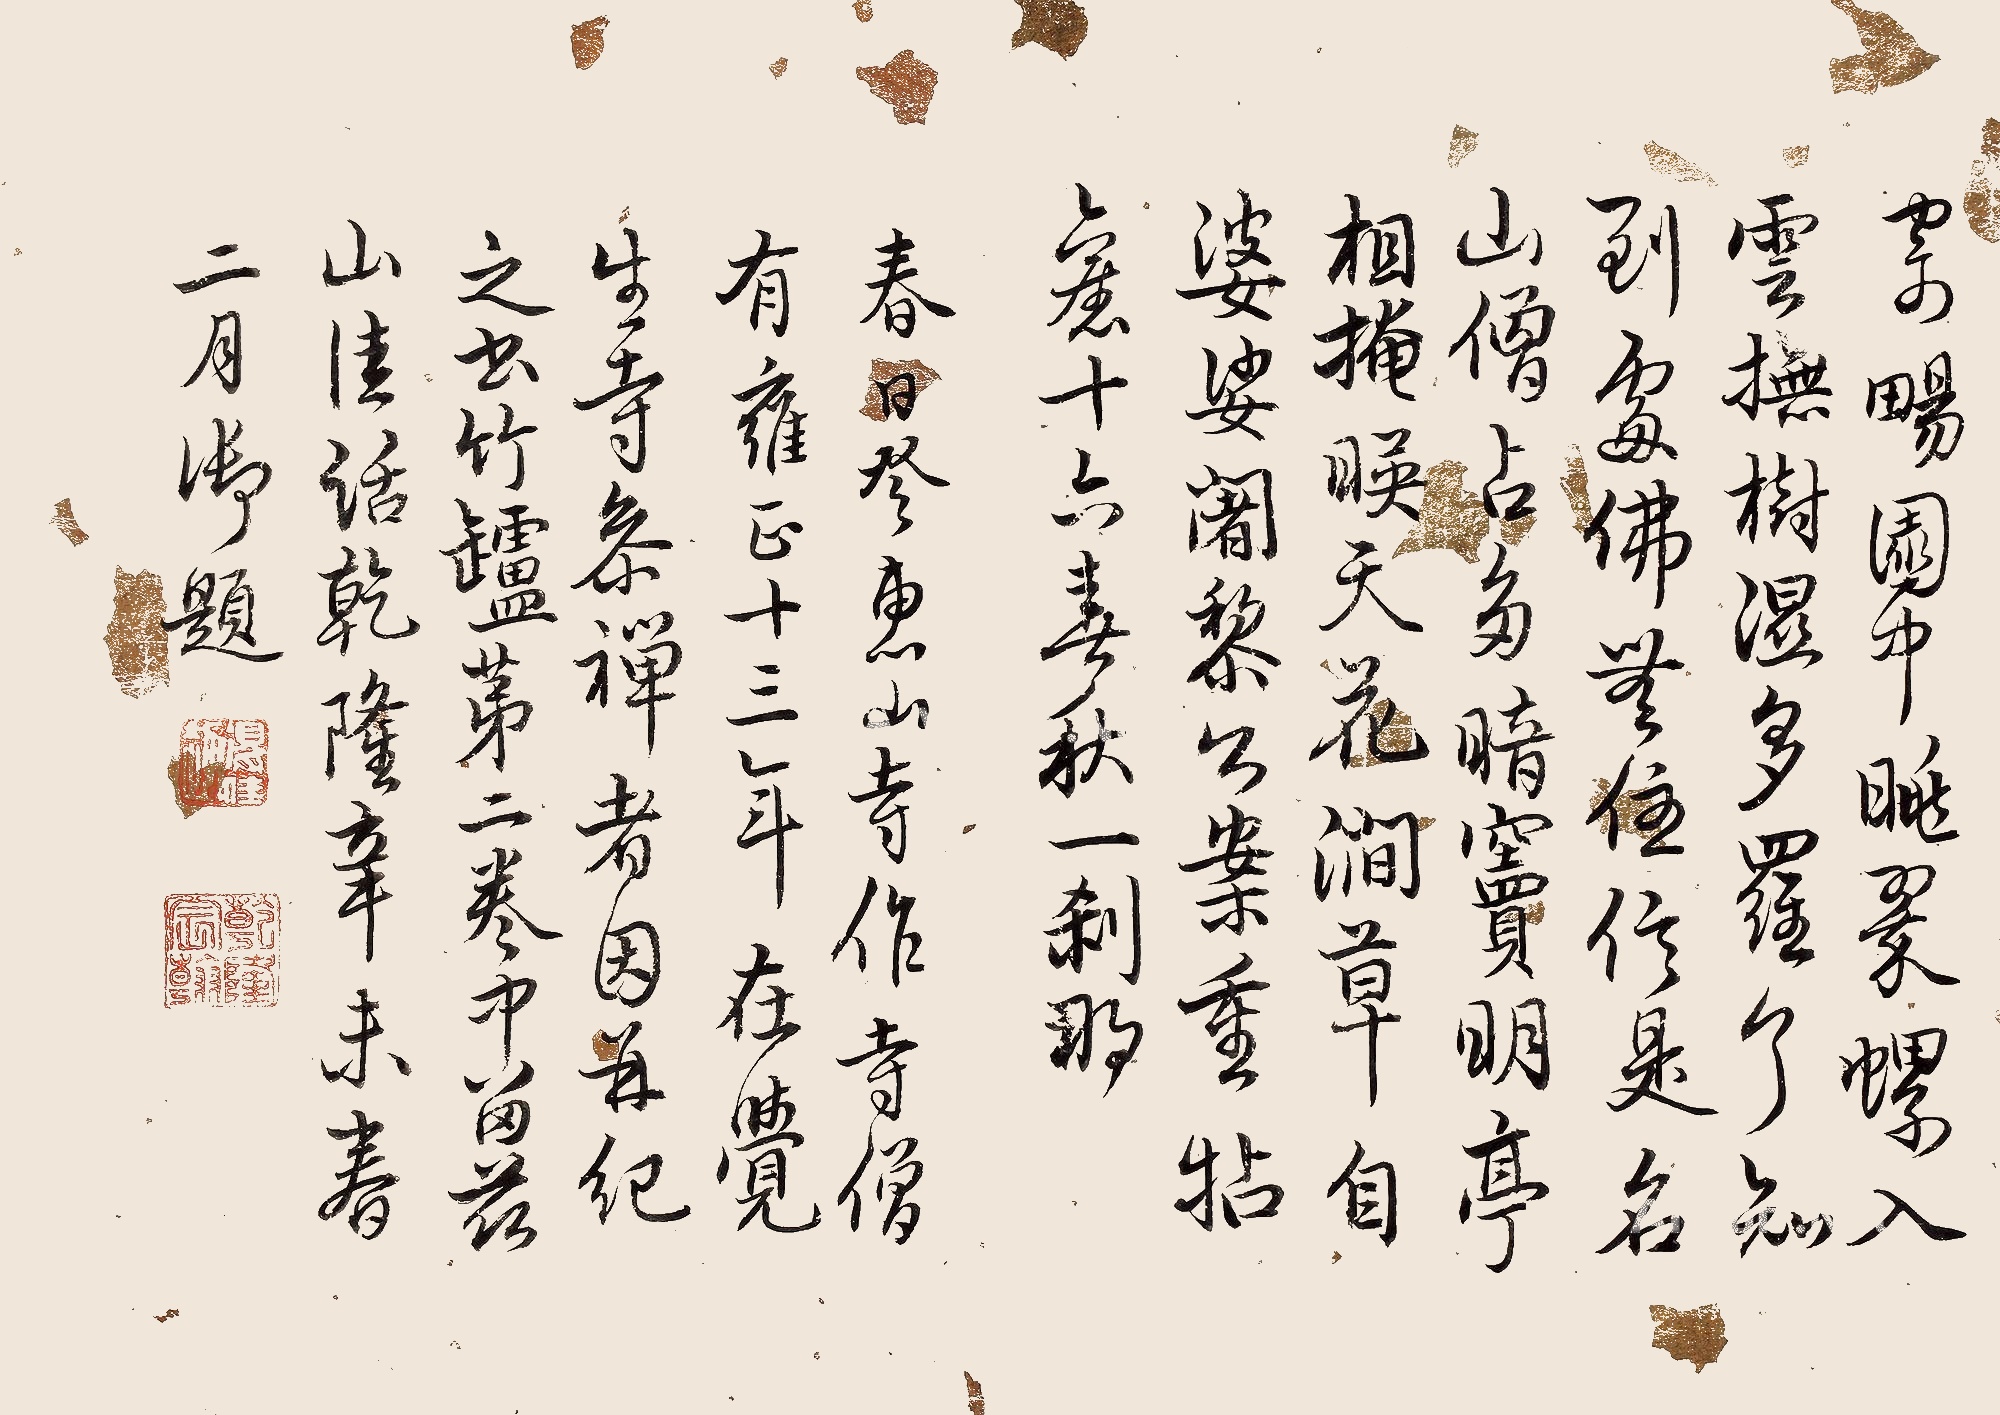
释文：寄畅园中眺翠螺，入云抚树湿多罗。了知到处佛无住，信是名山僧占多。暗窦明亭相掩映，天花涧草自婆娑。阇黎公案重拈旧，十六春秋一刹那。春日登惠山寺，作寺僧有雍正十三年在觉生寺参禅者，因并记之，书竹炉第二卷中留兹山佳话，乾隆辛未（1751年）春二月御题。